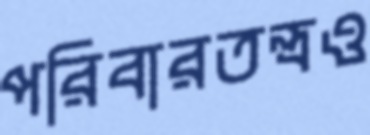
পরিবারতন্ত্রও